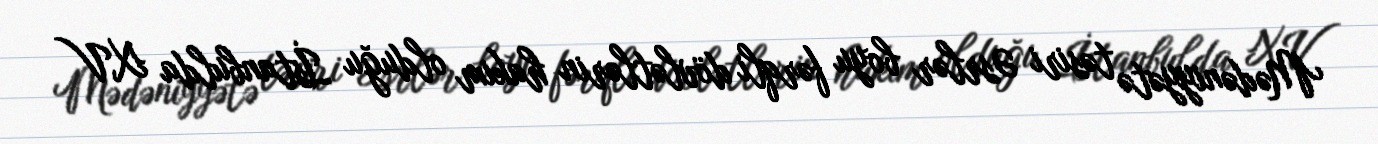
Mədəniyyətə təsiri Əsrlər boyu fərqli dövlətlərin hakim olduğu İstanbulda XV